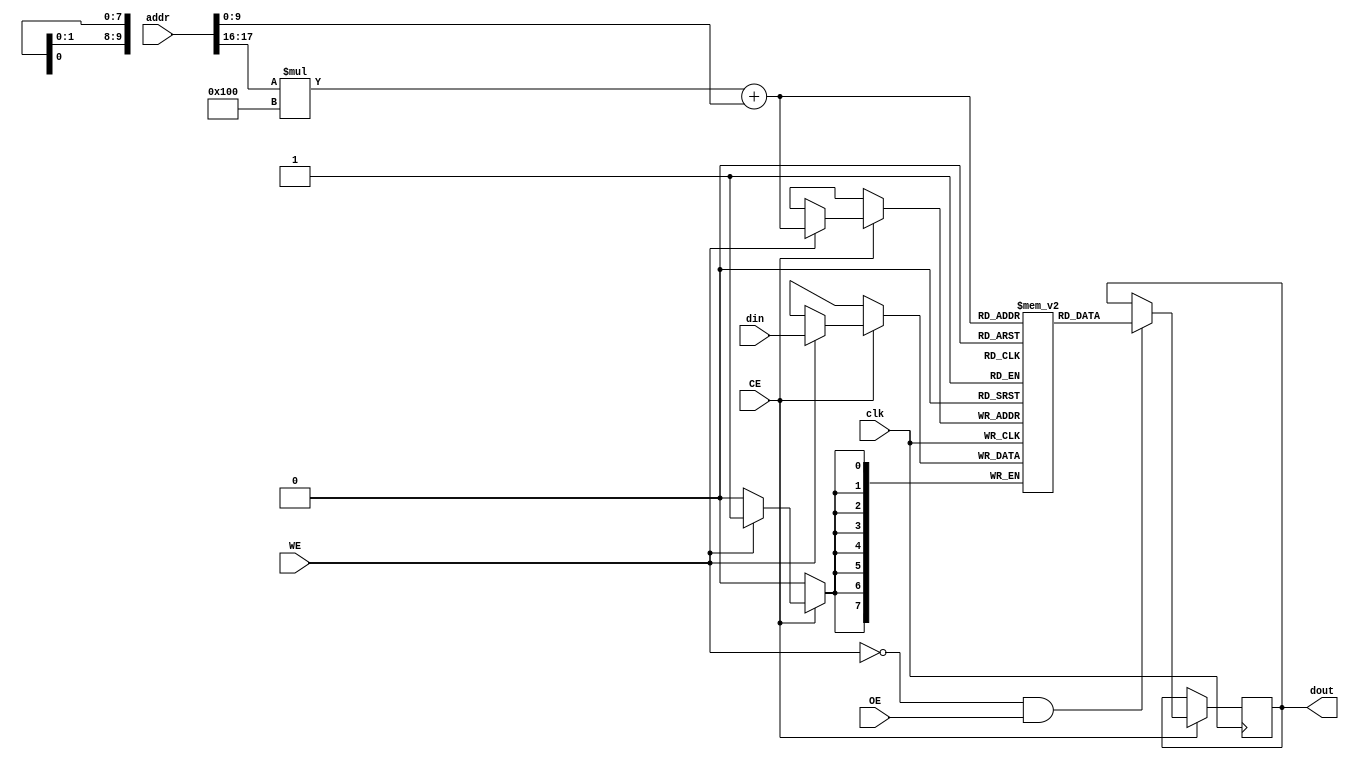
module SRAM #(
    parameter ADDR_WIDTH = 18,  // Address width (for 256K words)
    parameter DATA_WIDTH = 8,    // Data width (word size)
    parameter BANKS = 4,         // Number of banks
    parameter BANK_SIZE = 256     // Size of each bank (in words)
)(
    input wire clk,               // Clock signal
    input wire WE,                // Write Enable
    input wire OE,                // Output Enable
    input wire CE,                // Chip Enable
    input wire [ADDR_WIDTH-1:0] addr, // Address input
    input wire [DATA_WIDTH-1:0] din,   // Data input
    output reg [DATA_WIDTH-1:0] dout   // Data output
);

    // Memory banks
    reg [DATA_WIDTH-1:0] memory [0:BANKS-1][0:BANK_SIZE-1];

    // Address decoding
    wire [ADDR_WIDTH-1:0] bank_addr = addr[ADDR_WIDTH-1:0]; // Full address
    wire [1:0] bank_select = addr[ADDR_WIDTH-1:ADDR_WIDTH-2]; // Select bank
    wire [ADDR_WIDTH-3:0] word_addr = addr[ADDR_WIDTH-3:0]; // Word address within bank

    // Read/Write operations
    always @(posedge clk) begin
        if (CE) begin
            if (WE) begin
                // Write operation
                memory[bank_select][word_addr] <= din;
            end
            if (!WE && OE) begin
                // Read operation
                dout <= memory[bank_select][word_addr];
            end
        end
    end

endmodule